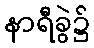
နာရီခွဲ၌